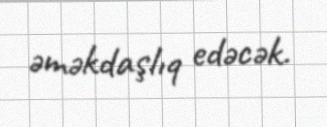
əməkdaşlıq edəcək.